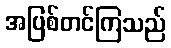
အပြစ်တင်ကြသည်